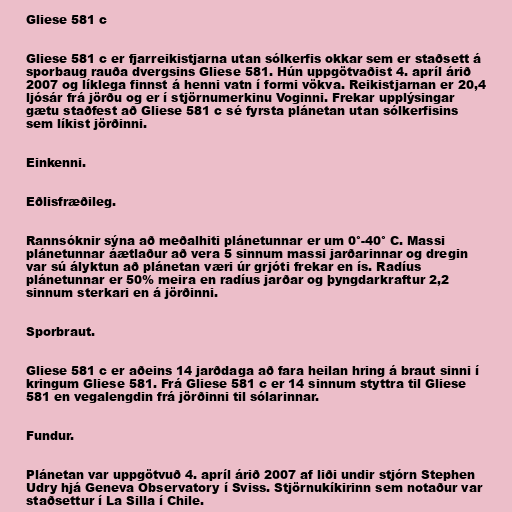
Gliese 581 c

Gliese 581 c er fjarreikistjarna utan sólkerfis okkar sem er staðsett á
sporbaug rauða dvergsins Gliese 581. Hún uppgötvaðist 4. apríl árið
2007 og líklega finnst á henni vatn í formi vökva. Reikistjarnan er 20,4
ljósár frá jörðu og er í stjörnumerkinu Voginni. Frekar upplýsingar
gætu staðfest að Gliese 581 c sé fyrsta plánetan utan sólkerfisins
sem líkist jörðinni.

Einkenni.

Eðlisfræðileg.

Rannsóknir sýna að meðalhiti plánetunnar er um 0°-40° C. Massi
plánetunnar áætlaður að vera 5 sinnum massi jarðarinnar og dregin
var sú ályktun að plánetan væri úr grjóti frekar en ís. Radíus
plánetunnar er 50% meira en radíus jarðar og þyngdarkraftur 2,2
sinnum sterkari en á jörðinni.

Sporbraut.

Gliese 581 c er aðeins 14 jarðdaga að fara heilan hring á braut sinni í
kringum Gliese 581. Frá Gliese 581 c er 14 sinnum styttra til Gliese
581 en vegalengdin frá jörðinni til sólarinnar.

Fundur.

Plánetan var uppgötvuð 4. apríl árið 2007 af liði undir stjórn Stephen
Udry hjá Geneva Observatory í Sviss. Stjörnukíkirinn sem notaður var
staðsettur í La Silla í Chile.